Vaccination report Assam 1874-1896 - 1874-1896
Year: 1874
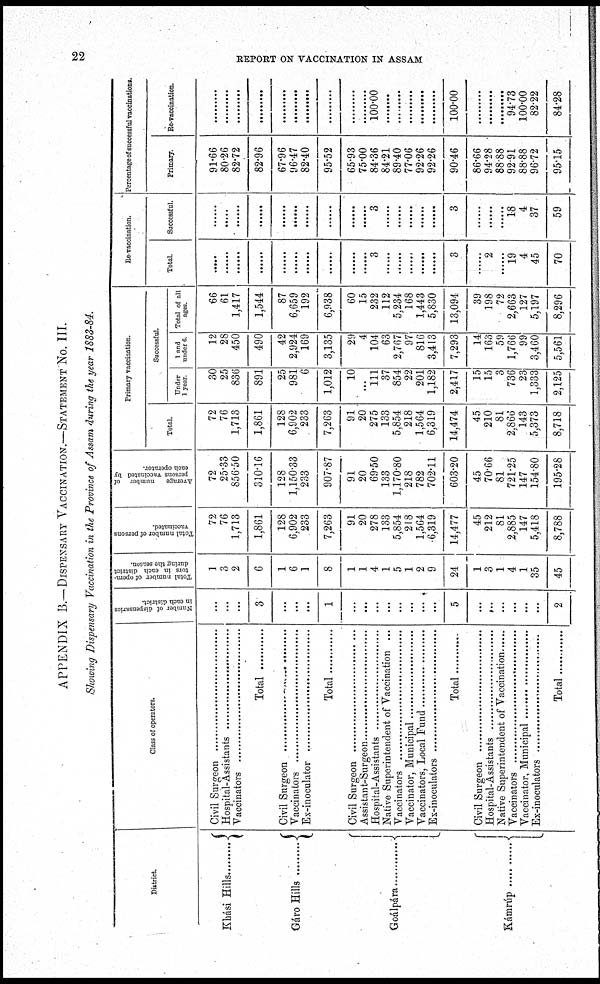
22
REPORT ON VACCINATION IN ASSAM
APPENDIX B.— DISPENSARY VACCINATION.—STATEMENT NO. III.
Showing Dispensary Vaccination in the Province of Assam during the year 1883-84.
District.
Khási Hills .........
Gáro Hills .........
Goálpára .........
Kámrúp
Class of operators.
Civil Surgeon .................................
Hospital-Assistants ........................
Vaccinators ....................................
Total .........
Civil Surgeon ..............................
Vaccinators ..............................
Ex-inoculator ..............................
Total .........
Civil Surgeon ..............................
Hospital-Assistants ........................
Hospital-Assistants ........................
Native Superintendent of Vaccination ...
Vaccinatiors ..............................
Vaccinator, Municipal .....................
Vaccinator,Local Fund ........................
Ex-inoculators ..............................
Total
Civil Surgeon ..............................
Hospital-Assistants ........................
Native Superintendent of Vaccination ...
Vaccinatiors ..............................
Vaccinator, Municipal .....................
Ex-inoculators ..............................
Total
Number of dispensaries
in each district.
...
...
...
3
...
...
...
1
...
...
...
...
...
...
...
...
5
...
...
...
...
...
...
2
Total number of opera-
tors in each district
during the season.
1
3
2
6
1
6
1
8
1
1
4
1
5
1
2
9
24
1
3
1
4
1
35
45
Total number of persons
vaccinated.
72
76
1,713
1,861
128
6,902
233
7,263
91
20
278
133
5,854
218
1,564
6,319
14,477
45
212
81
2,885
147
5,418
8,788
Average
number of
persons vaccinated by
each operator.
72
25.33
856.50
310.16
128
1,150.33
233
907.87
91
20
69.50
133
1,170.80
218
782
702.11
603.20
45
70.66
81
721.25
147
154.80
195.28
Primary vaccination.
Total.
72
76
1,713
1,861
128
6,902
233
7,263
91
20
275
133
5,854
218
1,564
6,319
14,474
45
210
81
2,866
143
5,373
8,718
Successful.
Under
1 year
30
25
836
891
25
981
6
1,012
10
...
111
37
854
22
201
1,182
2,417
15
15
3
736
23
1,333
2,125
1 and
under 6.
12
28
450
490
42
2,924
169
3,135
29
4
104
63
2,767
97
816
3,413
7,293
14
163
59
1,766
99
3,460
5,561
Total of all
ages.
66
61
1,417
1,544
87
6,659
192
6,938
60
15
232
112
5,234
168
1,443
5,830
13,094
39
198
72
2,663
127
5,197
8,296
Re-vaccination.
Total
.....
......
......
......
......
......
......
......
......
......
3
......
......
......
......
......
3
......
2
......
19
4
45
70
Successful.
......
......
......
......
......
......
......
......
......
......
3
......
......
......
......
......
3
......
......
......
18
4
37
59
Percentage of successful vaccinations.
Primary.
91.66
80.26
82.72
82.96
67.96
96.47
82.40
95.52
65.93
75.00
84.36
84.21
89.40
77.06
92.26
92.26
90.46
86.66
94.28
88.88
92.91
88.88
96.72
95.15
Re-vaccination.
......
......
......
......
......
......
......
......
......
......
100.00
......
......
......
......
......
100.00
......
......
......
94.73
100.00
82.22
84.28